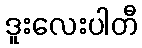
ဒူးလေးပါတီ